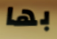
بها